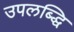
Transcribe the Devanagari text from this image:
उपलब्द्धि